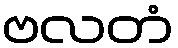
ဗလတံ